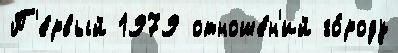
П'е́рвый 1979 отноше́н'ий го́роду